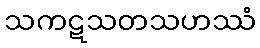
သကဋသတသဟဿံ